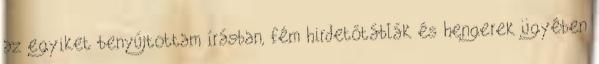
az egyiket benyújtottam írásban, fém hirdetőtáblák és hengerek ügyében